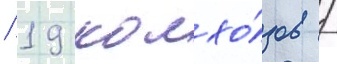
/ 19 колхо́зов /